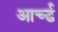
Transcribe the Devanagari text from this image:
आर्च्ड